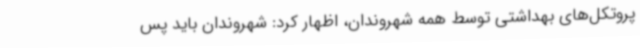
پروتکل‌های بهداشتی توسط همه شهروندان، اظهار کرد: شهروندان باید پس